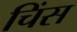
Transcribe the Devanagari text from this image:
चिंस